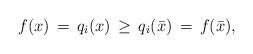
LaTeX: \begin{align*}f(x) \, = \, q_i(x) \, \geq \, q_i(\bar{x}) \, = \, f(\bar{x}),\end{align*}